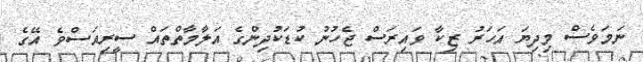
ނަމަވެސް މިދިޔަ އަހަރު ޒިކާ ވައިރަސް ޖެހުނު ކުޑަކުދިންގެ އަލާމާތްތައް ސީރިއަސްވެ އޭގެ